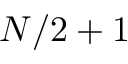
N / 2 + 1